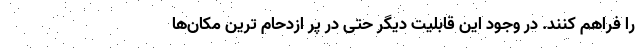
را فراهم کنند. در وجود این قابلیت دیگر حتی در پر ازدحام ترین مکان‌ها